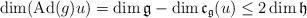
LaTeX: \begin{align*}\dim(\mathrm{Ad}(g)u)=\dim\mathfrak{g}-\dim\mathfrak{c}_{\mathfrak{g}}(u)\leq 2\dim\mathfrak{h}\end{align*}